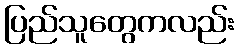
ပြည်သူတွေကလည်း